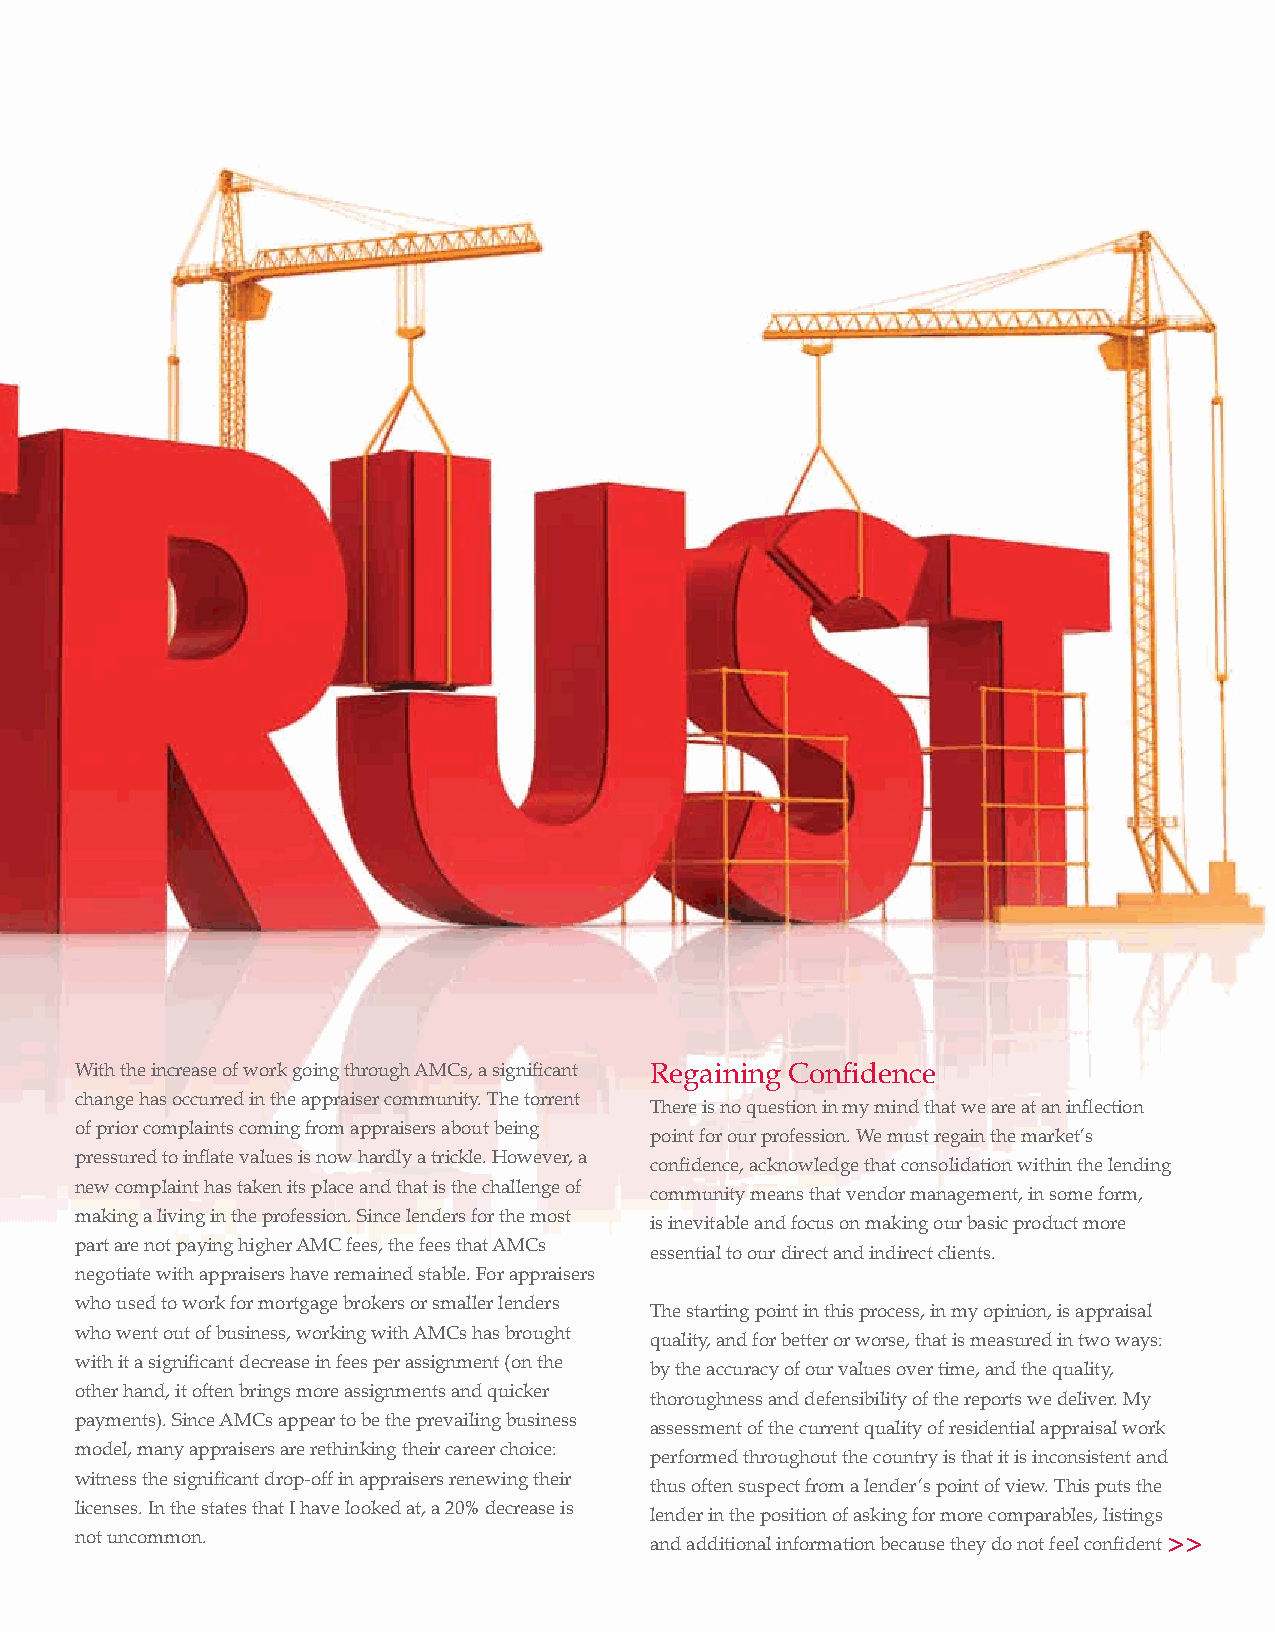
With the increase of work going through AMCs, a significant Regaining Confidence
 change has occurred in the appraiser community. The torrent
 There is no question in my mind that we are at an inflection
 of prior complaints coming from appraisers about being
 point for our profession. We must regain the market’s
 pressured to inflate values is now hardly a trickle. However, a
 confidence, acknowledge that consolidation within the lending
 new complaint has taken its place and that is the challenge of
 community means that vendor management, in some form,
 making a living in the profession. Since lenders for the most
 is inevitable and focus on making our basic product more
 part are not paying higher AMC fees, the fees that AMCs
 essential to our direct and indirect clients.
 negotiate with appraisers have remained stable. For appraisers
 who used to work for mortgage brokers or smaller lenders
 The starting point in this process, in my opinion, is appraisal
 who went out of business, working with AMCs has brought
 quality, and for better or worse, that is measured in two ways:
 with it a significant decrease in fees per assignment (on the
 by the accuracy of our values over time, and the quality,
 other hand, it often brings more assignments and quicker
 thoroughness and defensibility of the reports we deliver. My
 payments). Since AMCs appear to be the prevailing business
 assessment of the current quality of residential appraisal work
 model, many appraisers are rethinking their career choice:
 performed throughout the country is that it is inconsistent and
 witness the significant drop-off in appraisers renewing their
 thus often suspect from a lender’s point of view. This puts the
 licenses. In the states that I have looked at, a 20% decrease is
 lender in the position of asking for more comparables, listings
 not uncommon.                         and additional information because they do not feel confident >>